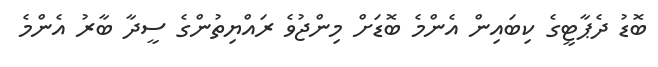
ބޮޑު ދެޕާޓީގެ ކިބައިން އެންމެ ބޮޑަށް މިންޖުވެ ރައްޔިތުންގެ ސީދާ ބާރު އެންމެ